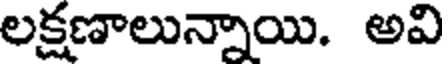
లక్షణాలున్నాయి. అవి